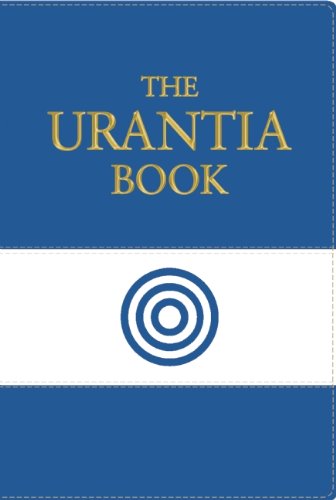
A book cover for The Urantia Book: Revealing the Mysteries of God, the Universe, Jesus, and Ourselves; Religion & Spirituality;